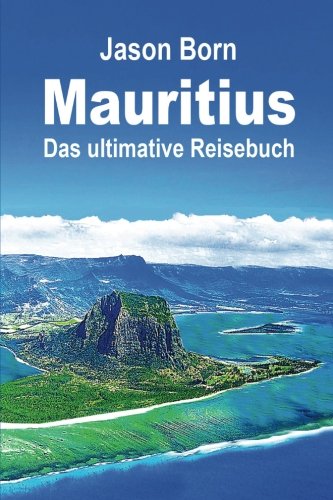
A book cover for Mauritius: Das ultimative Reisebuch (German Edition); Jason Born; Travel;